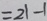
= 2 1 - 1